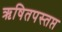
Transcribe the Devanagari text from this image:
ऋषितपस्तप्त